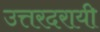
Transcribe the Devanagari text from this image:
उत्तरदरायी